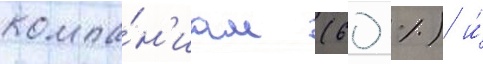
компа́н'иам (60 %) и́